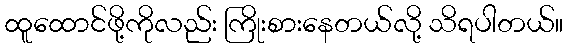
ထူထောင်ဖို့ကိုလည်း ကြိုးစားနေတယ်လို့ သိရပါတယ်။